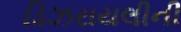
ડિઝરાયલીની